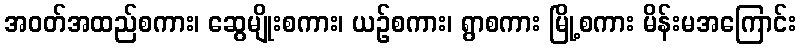
အဝတ်အထည်စကား၊ ဆွေမျိုးစကား၊ ယဉ်စကား၊ ရွာစကား မြို့စကား မိန်းမအကြောင်း